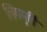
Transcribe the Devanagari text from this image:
लिंगमूर्ति